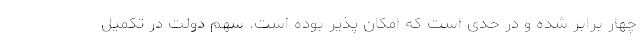
چهار برابر شده و در حدی است که امکان پذیر بوده است. سهم دولت در تکمیل